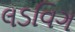
લડવિગ